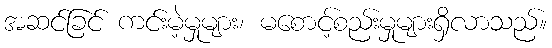
အဆင်ခြင် ကင်းမဲ့မှုများ၊ မစောင့်စည်းမှုများရှိလာသည်။